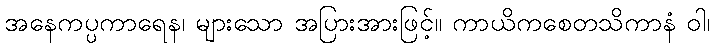
အနေကပ္ပကာရေန၊ များသော အပြားအားဖြင့်။ ကာယိကစေတသိကာနံ ဝါ၊